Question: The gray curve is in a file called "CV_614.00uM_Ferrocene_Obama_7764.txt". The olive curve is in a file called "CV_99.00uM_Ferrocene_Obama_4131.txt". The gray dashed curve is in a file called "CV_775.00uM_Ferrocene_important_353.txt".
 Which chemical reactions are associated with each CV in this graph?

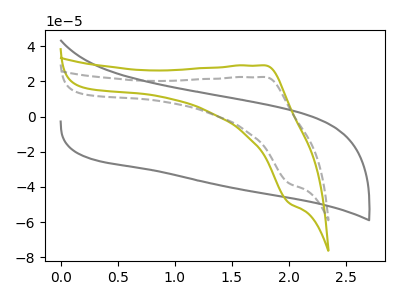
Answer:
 <answer>The gray curve is labeled "Ferrocene, 614.00uM". The olive curve is labeled "Ferrocene, 99.00uM". The gray dashed curve is labeled "Ferrocene, 775.00uM".</answer>
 <eval></eval>